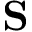
{ \bf S }